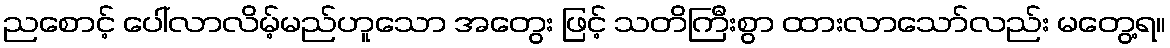
ညစောင့် ပေါ်လာလိမ့်မည်ဟူသော အတွေး ဖြင့် သတိကြီးစွာ ထားလာသော်လည်း မတွေ့ရ။